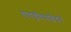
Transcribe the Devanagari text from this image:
हायड्राॅक्साईडचे